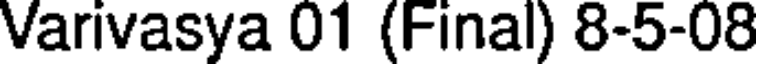
Varivasya 01 (Final) 8-5-08